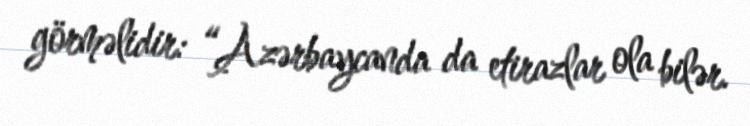
görməlidir: “Azərbaycanda da etirazlar ola bilər.